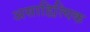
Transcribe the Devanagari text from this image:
असाहित्यि़क